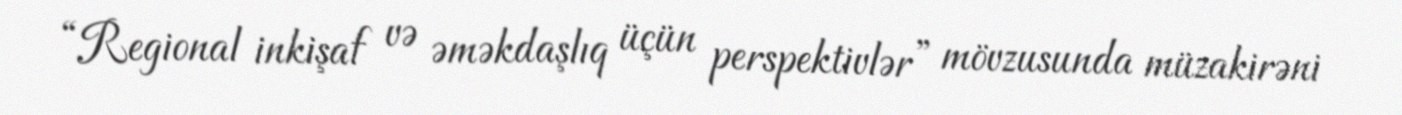
“Regional inkişaf və əməkdaşlıq üçün perspektivlər” mövzusunda müzakirəni